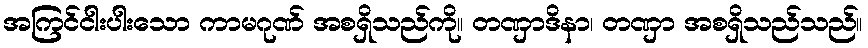
အကြင်ငါးပါးသော ကာမဂုဏ် အစရှိသည်ကို။ တဏှာဒိနာ၊ တဏှာ အစရှိသည်သည်။